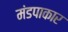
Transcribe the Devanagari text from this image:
मंडपाकार